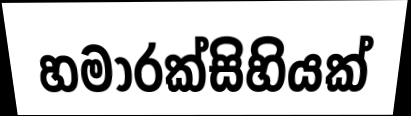
හමාරක්සිහියක්